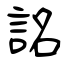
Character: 詺